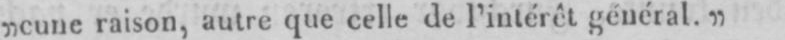
„cune raison, autre que celle de l’intérêt général.”